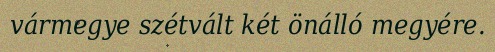
vármegye szétvált két önálló megyére.